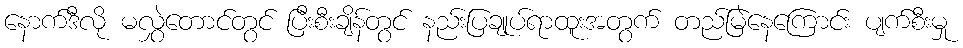
နောက်ဒီလို မလွှဲတောင်တွင် ပြီးစီးချိန်တွင် နည်းပြချုပ်ရာထူးအတွက် တည်မြဲနေကြောင်း ပျက်စီးမှု